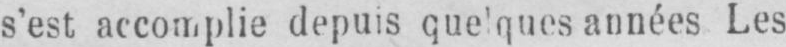
Les